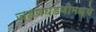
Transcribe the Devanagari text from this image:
जडणघडणीमध्ये